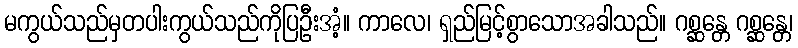
မကွယ်သည်မှတပါးကွယ်သည်ကိုပြဦးအံ့။ ကာလေ၊ ရှည်မြင့်စွာသောအခါသည်။ ဂစ္ဆန္တေ ဂစ္ဆန္တေ၊